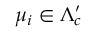
\mu _ { i } \in \Lambda _ { c } ^ { \prime }